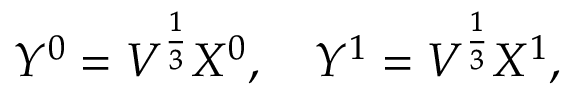
Y ^ { 0 } = { \cal V } ^ { \frac { 1 } { 3 } } X ^ { 0 } , \quad Y ^ { 1 } = { \cal V } ^ { \frac { 1 } { 3 } } X ^ { 1 } ,